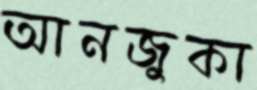
আনজুকা